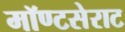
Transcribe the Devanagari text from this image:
मॉण्टसेराट